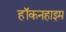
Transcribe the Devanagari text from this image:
हॉकनहाइम